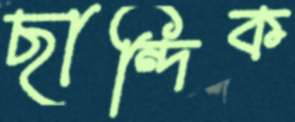
ছান্দিক